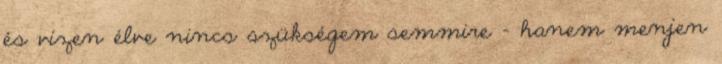
és vízen élve nincs szükségem semmire – hanem menjen